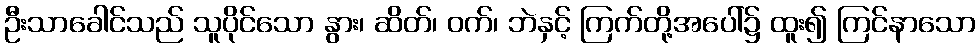
ဦးသာခေါင်သည် သူပိုင်သော နွား၊ ဆိတ်၊ ဝက်၊ ဘဲနှင့် ကြက်တို့အပေါ်၌ ထူး၍ ကြင်နာသော